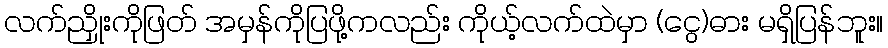
လက်ညှိုးကိုဖြတ် အမှန်ကိုပြဖို့ကလည်း ကိုယ့်လက်ထဲမှာ (ငွေ)ဓား မရှိပြန်ဘူး။